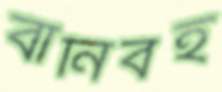
বানিবহ